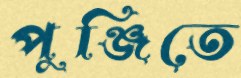
পুঞ্জিতে